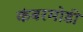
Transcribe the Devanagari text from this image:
कंबरमोडी